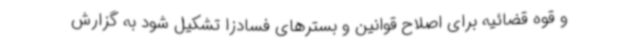
و قوه قضائیه برای اصلاح قوانین و بسترهای فسادزا تشکیل شود به گزارش